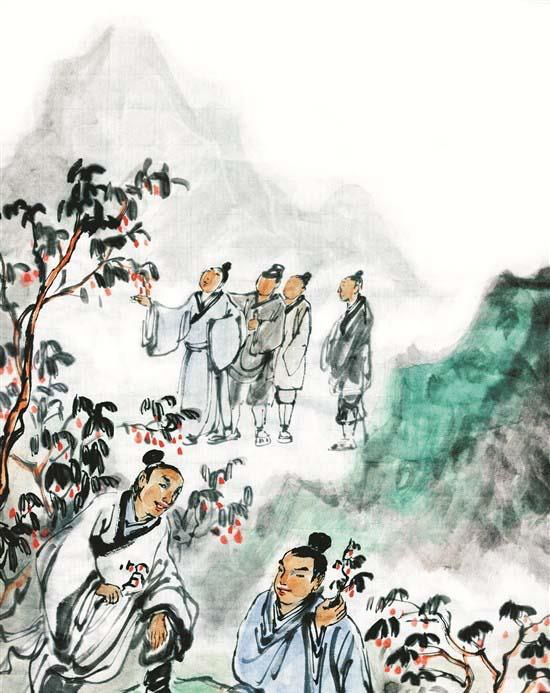
香醪欲醉茱萸节，壮志还为出塞歌。